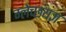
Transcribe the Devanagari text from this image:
म्लेच्छयज्ञ